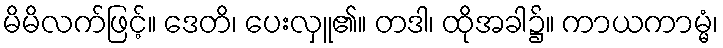
မိမိလက်ဖြင့်။ ဒေတိ၊ ပေးလှူ၏။ တဒါ၊ ထိုအခါ၌။ ကာယကာမ္မံ၊